Civil Veterinary Dept. Bombay admin report 1914-1922 - 1914-1922
Year: 1914
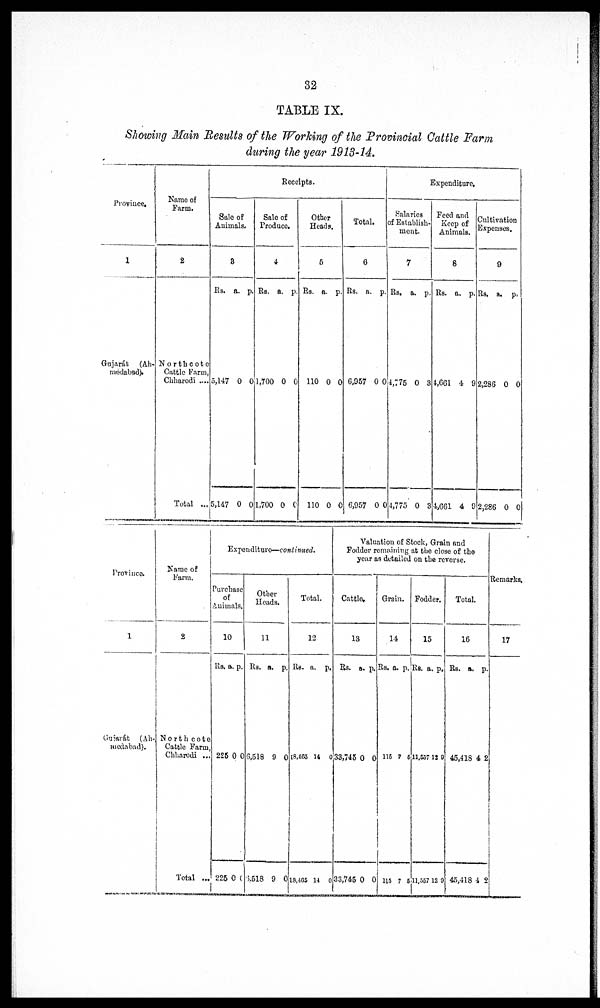
32
TABLE IX.
Showing Main Results of the Working of the Provincial Cattle Farm
during the year 1913-14.
Province.
1
Gujarát
(Ah-
medabad).
Name of
Farm.
2
Northcote
Cattle Farm,
Chharodi ....
Total ...
Receipt.
Sale of
Animals.
3
Rs.
5,147
5,147
a.
0
0
p.
0
0
Sale of
Produce.
4
Rs.
1,700
1,700
a.
0
0
p.
0
0
Other
Heads.
5
Rs.
110
110
a.
0
0
p.
0
0
Total.
6
Rs.
6,957
6,957
a.
0
0
p.
0
0
Expenditure.
Salaries
of Establish-
ment.
7
Rs.
4,775
4,775
a.
0
0
p.
3
3
Feed and
Keep of
Animals.
6
Rs.
4,661
4,661
a.
4
4
p.
9
9
Cultivation
Expenses.
9
Rs.
2,286
2,286
a.
0
0
p.
0
0
Province.
1
Gujarát
(Ah-
medabad).
Name of
Farm.
2
North cote
Cattle Farm,
Chharodi ...
Total ...
Expenditure—continued.
Purchase
of
Animals.
10
Rs.
225
225
a.
0
0
p.
0
0
Other
Heads.
11
Rs.
6,518
6,518
a.
9
9
p.
0
0
Total.
12
Rs.
18,465
18,465
a.
14
14
p.
0
0
Valuation of Stock, Grain and
Fodder remaining at the close of the
year as detailed on the reverse.
Cattle.
13
Rs.
33,745
33,745
a.
0
0
p.
0
0
Grain.
14
Rs.
115
115
a.
7
7
p.
6
5
Fodder.
15
Rs.
11,557
11,557
a.
12
12
p.
9
9
Total.
16
Rs.
45,418
45,418
a.
4
4
p.
2
2
Remarks.
17